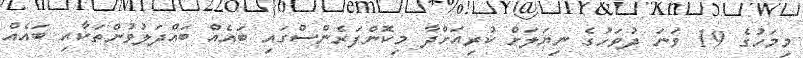
މިމަހުގެ 19 ވަނަ ދުވަހުގެ ނިޔަލަށް ކުރިއަށްދާ މިކޮންފަރެންސްގައި ބައެއް ބައްދަލުވުންތަކާއި ބައެއް